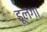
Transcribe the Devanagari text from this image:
डूलगा